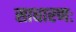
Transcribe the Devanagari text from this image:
साधारणः